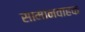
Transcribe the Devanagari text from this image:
सामानवाहक